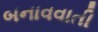
બનાવવાતી